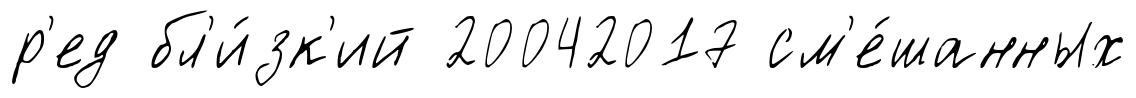
р'ед бл'и́зк'ий 20042017 см'е́шанных